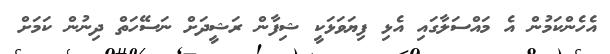
އެހެންކަމުން އެ މައްސަލާގައި އެޅި ފިޔަވަޅަކީ ޝިފާން ރަޝީދަށް ނަސޭހަތް ދިނުން ކަމަށް